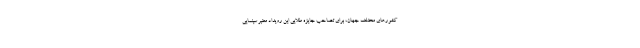
کشورهای مختلف جهان، برای تصاحب جایزه طلایی این رویداد معتبر سینمایی